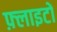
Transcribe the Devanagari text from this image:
फ़्लाइटों